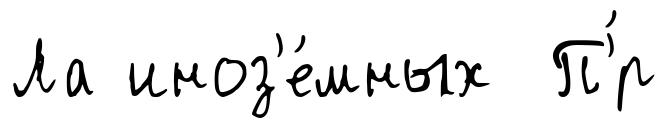
Ла иноз'е́мных П'́р